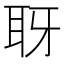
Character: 𦕆